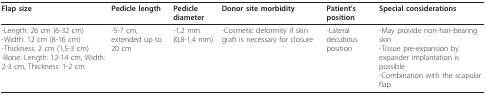
<table><thead><tr><td><b>Flap size</b></td><td><b>Pedicle length</b></td><td><b>Pedicle diameter</b></td><td><b>Donor site morbidity</b></td><td><b>Patient&#x27;s position</b></td><td><b>Special considerations</b></td></tr></thead><tbody><tr><td>-Length: 26 cm (6-32 cm)-Width: 12 cm (8-16 cm)-Thickness: 2 cm (1,5-3 cm)-Bone: Length: 12-14 cm, Width: 2-3 cm, Thickness: 1-2 cm</td><td>-5-7 cm, extended up to 20 cm</td><td>-1,2 mm (0,8-1,4 mm)</td><td>-Cosmetic deformity if skin graft is necessary for closure</td><td>-Lateral decubitus position</td><td>-May provide non-hair-bearing skin-Tissue pre-expansion by expander implantation is possible-Combination with the scapular flap</td></tr></tbody></table>